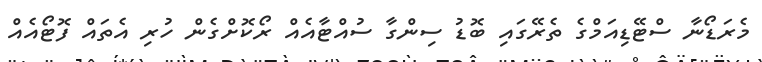
މެރަޑޯނާ ސްޓޭޑިއަމްގެ ތެރޭގައި ބޮޑު ސިންގާ ސުއްޓާއެއް ރޯކޮށްގެން ހުރި އެތައް ފޮޓޯއެއް